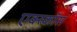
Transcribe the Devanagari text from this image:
एक्स्कॉस